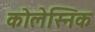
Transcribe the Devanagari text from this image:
कोलेस्निक